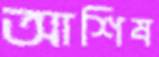
আশিষ